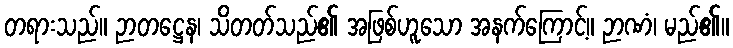
တရားသည်။ ဉာတဋ္ဌေန၊ သိတတ်သည်၏ အဖြစ်ဟူသော အနက်ကြောင့်။ ဉာဏံ၊ မည်၏။